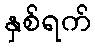
နှစ်ရက်